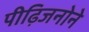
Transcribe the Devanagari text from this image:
पीढ़िजनोने